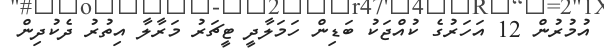
އުމުރުން 12 އަހަރުގެ ކުއްޖަކު ބަޑިން ހަމަލާދީ ޓީޗަރު މަރާލާ އިތުރު ދެކުދިން